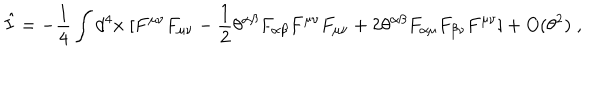
\hat { I } = - \frac { 1 } { 4 } \int d ^ { 4 } x \; [ F ^ { \mu \nu } F _ { \mu \nu } - \frac { 1 } { 2 } \theta ^ { \alpha \beta } F _ { \alpha \beta } F ^ { \mu \nu } F _ { \mu \nu } + 2 \theta ^ { \alpha \beta } F _ { \alpha \mu } F _ { \beta \nu } F ^ { \mu \nu } ] + O ( \theta ^ { 2 } ) \; ,